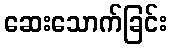
ဆေးသောက်ခြင်း